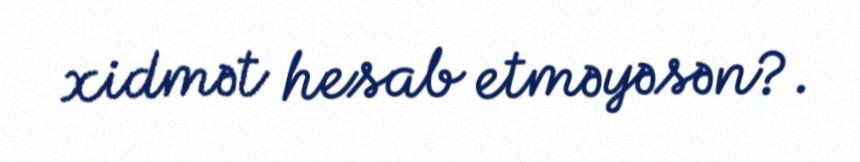
xidmət hesab etməyəsən?.